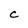
Character: C